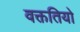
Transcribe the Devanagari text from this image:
वक्ततियो